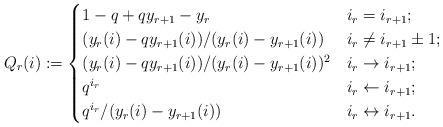
LaTeX: \begin{align*}Q_r(i):=\begin{cases}1-q+qy_{r+1}-y_r & i_r= i_{r+1};\\(y_r(i)-qy_{r+1}(i))/ (y_r(i)-y_{r+1}(i))& i_r\neq i_{r+1}\pm 1;\\(y_r(i)-qy_{r+1}(i))/ (y_r(i)-y_{r+1}(i))^2 & i_r\rightarrow i_{r+1};\\q^{i_r} & i_r\leftarrow i_{r+1};\\q^{i_r}/ (y_r(i)-y_{r+1}(i)) & i_r\leftrightarrow i_{r+1}.\end{cases}\end{align*}